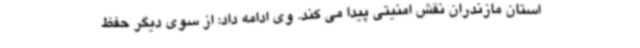
استان مازندران نقش امنیتی پیدا می کند. وی ادامه داد: از سوی دیگر حفظ